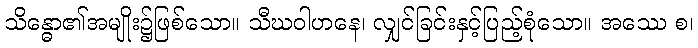
သိန္ဓော၏အမျိုး၌ဖြစ်သော။ သီဃဝါဟနေ၊ လျှင်ခြင်းနှင့်ပြည့်စုံသော။ အဿေ စ၊